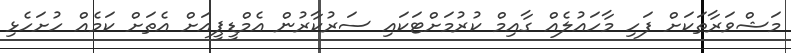
މަޝްވަރާތަކަށް ފަހި މާހައުލެއް ގާއިމް ކުރުމަށްޓަކައި ސަރުކާރުން އެމްޑީޕީއަށް އެތަށް ކަމެއް ހުށަހެޅި